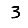
Digit: 3